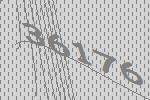
36176